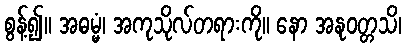
စွန့်၍။ အဓမ္မံ၊ အကုသိုလ်တရားကို။ နော အနုဝတ္တသိ၊